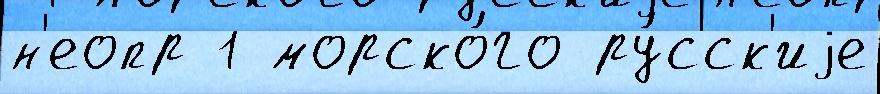
н'еопр 1 морско́го ру́сск'иjе